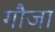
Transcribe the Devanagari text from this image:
गौजा